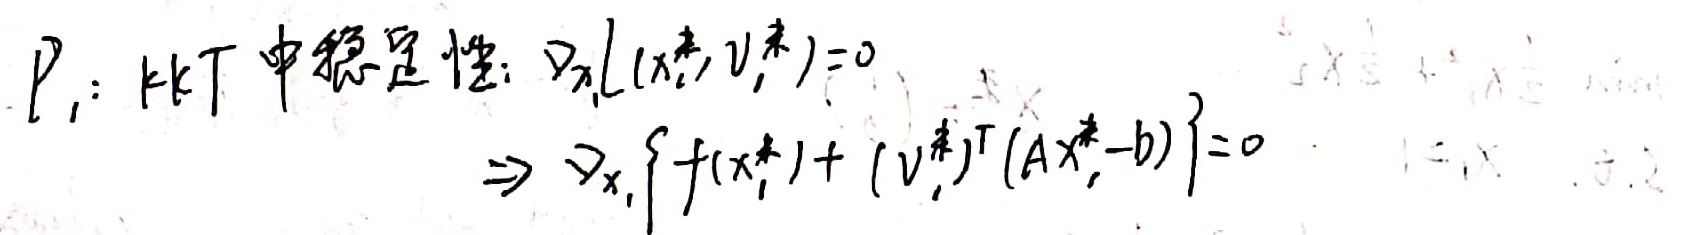
\(P_1\)：KKT中稳定性：\(\nabla_{x_i} L(x_i^*, v_i^*) = 0\Rightarrow\nabla_{x_i}\left\{f(x_i^*)+(v_i^*)^{\mathrm{T}}(Ax_i^*-b)\right\}=0\)